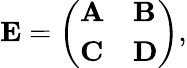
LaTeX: \begin{array}{r}{\mathbf{E}=\left(\begin{array}{ll}{\mathbf{A}}&{\mathbf{B}}\\ {\mathbf{C}}&{\mathbf{D}}\end{array}\right),}\end{array}